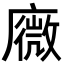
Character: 𢋋